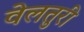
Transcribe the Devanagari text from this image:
वेलतुरी